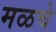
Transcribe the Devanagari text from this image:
मळचे